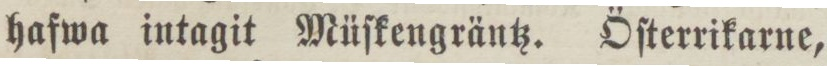
hafwa intagit Müſkengräntz. Öſterrikarne,